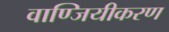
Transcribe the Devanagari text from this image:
वाण्जियीकरण